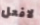
لافعل